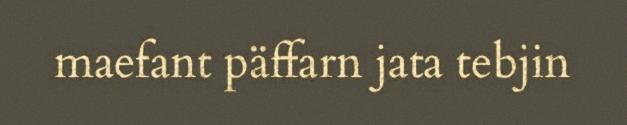
maefant päffarn jata tebjin